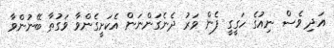
އަދި ވެސް ނިއުގެ ހަގީގީ ފެން ވަރު ދެނެގަންނަން އެކަށީގެންވާ ވަގުތާ ބޭނުންވާ